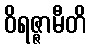
ဝိရဇ္ဇာမီတိ